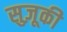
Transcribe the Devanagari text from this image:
सुज़ूकी